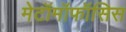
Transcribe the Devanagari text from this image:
मेटॉमॉफॉसिस